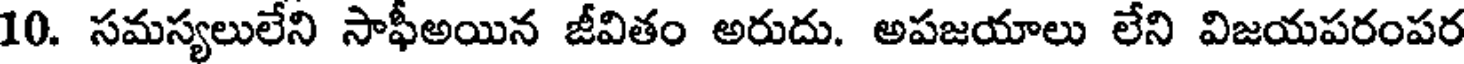
10. సమస్యలులేని సాఫీఅయిన జీవితం అరుదు. అపజయాలు లేని విజయపరంపర